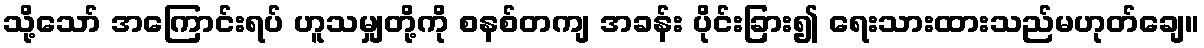
သို့သော် အကြောင်းရပ် ဟူသမျှတို့ကို စနစ်တကျ အခန်း ပိုင်းခြား၍ ရေးသားထားသည်မဟုတ်ချေ။